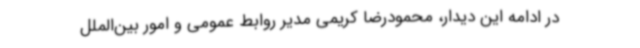
در ادامه این دیدار، محمودرضا کریمی مدیر روابط عمومی و امور بین‌الملل